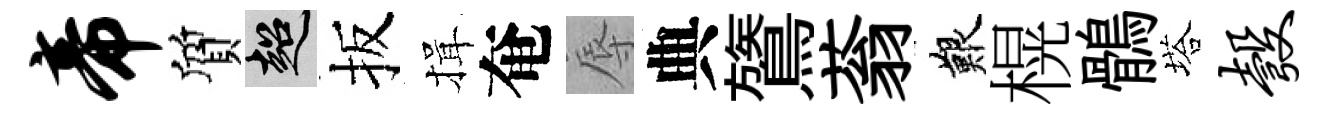
帝質超扳揖奄辱典鷟蓊艱榥鶻塔彀